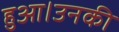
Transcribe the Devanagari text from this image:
हुआ।उनकी